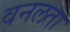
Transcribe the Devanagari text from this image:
वनलता